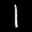
Label: 1